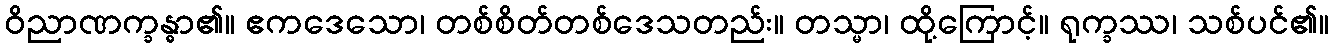
ဝိညာဏက္ခန္ဓာ၏။ ဧကဒေသော၊ တစ်စိတ်တစ်ဒေသတည်း။ တသ္မာ၊ ထို့ကြောင့်။ ရုက္ခဿ၊ သစ်ပင်၏။